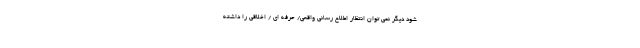
شود دیگر نمی توان انتظار اطلاع رسانی واقعی/ حرفه ای / اخلاقی را داشته